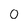
Character: 0